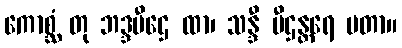
ကောစ္ဆံ တု ဘဒ္ဒပီဌေ ထာ၊ သန္ဒီ ပီဌန္တရေ မတာ။